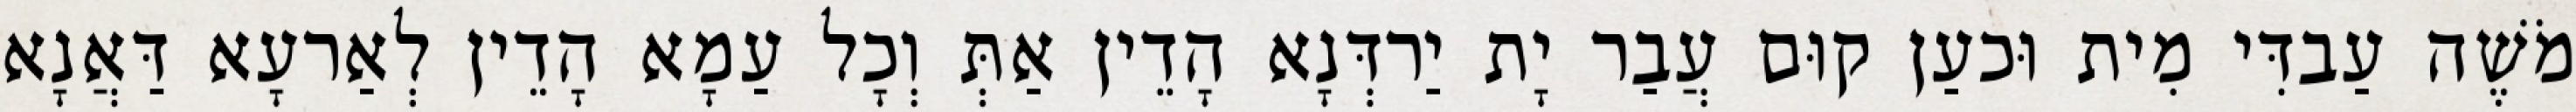
מֹשֶׁה עַבדִּי מִית וּכעַן קוּם עֲבַר יָת יַרדְּנָא הָדֵין אַתְּ וְכָל עַמָא הָדֵין לְאַרעָא דַּאֲנָא